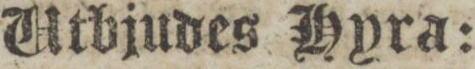
Utbjudes Hyra: